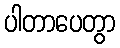
ပါတာပေတွာ